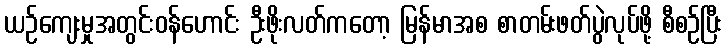
ယဉ်ကျေးမှုအတွင်းဝန်ဟောင်း ဦးဖိုးလတ်ကတော့ မြန်မာအစ စာတမ်းဖတ်ပွဲလုပ်ဖို့ စီစဉ်ပြီး